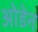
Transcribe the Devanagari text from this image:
ओडेन